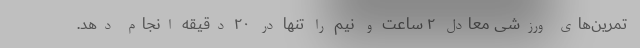
تمرین‌های ورزشی معادل ۲ ساعت و نیم را تنها در ۲۰ دقیقه انجام دهد.